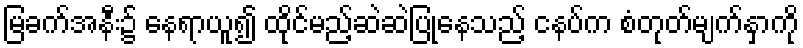
မြခက်အနီး၌ နေရာယူ၍ ထိုင်မည့်ဆဲဆဲပြုနေသည့် ငနပ်က စံတုတ်မျက်နှာကို